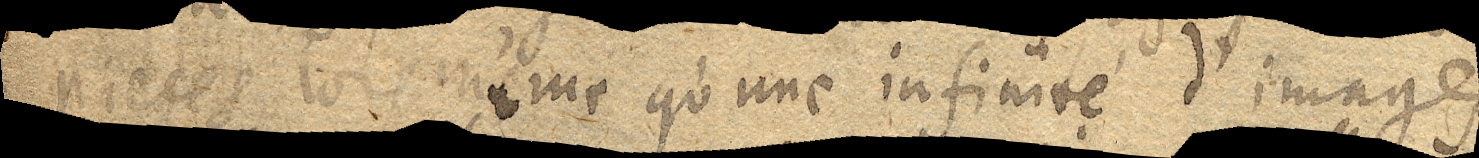
pieces lors même qu’une infinité d’images